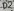
Text: D2